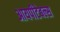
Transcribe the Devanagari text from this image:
आयपीटेबल्स